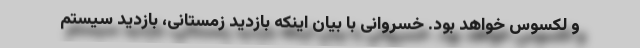
و لکسوس خواهد بود. خسروانی با بیان اینکه بازدید زمستانی، بازدید سیستم